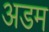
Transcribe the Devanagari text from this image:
अडम